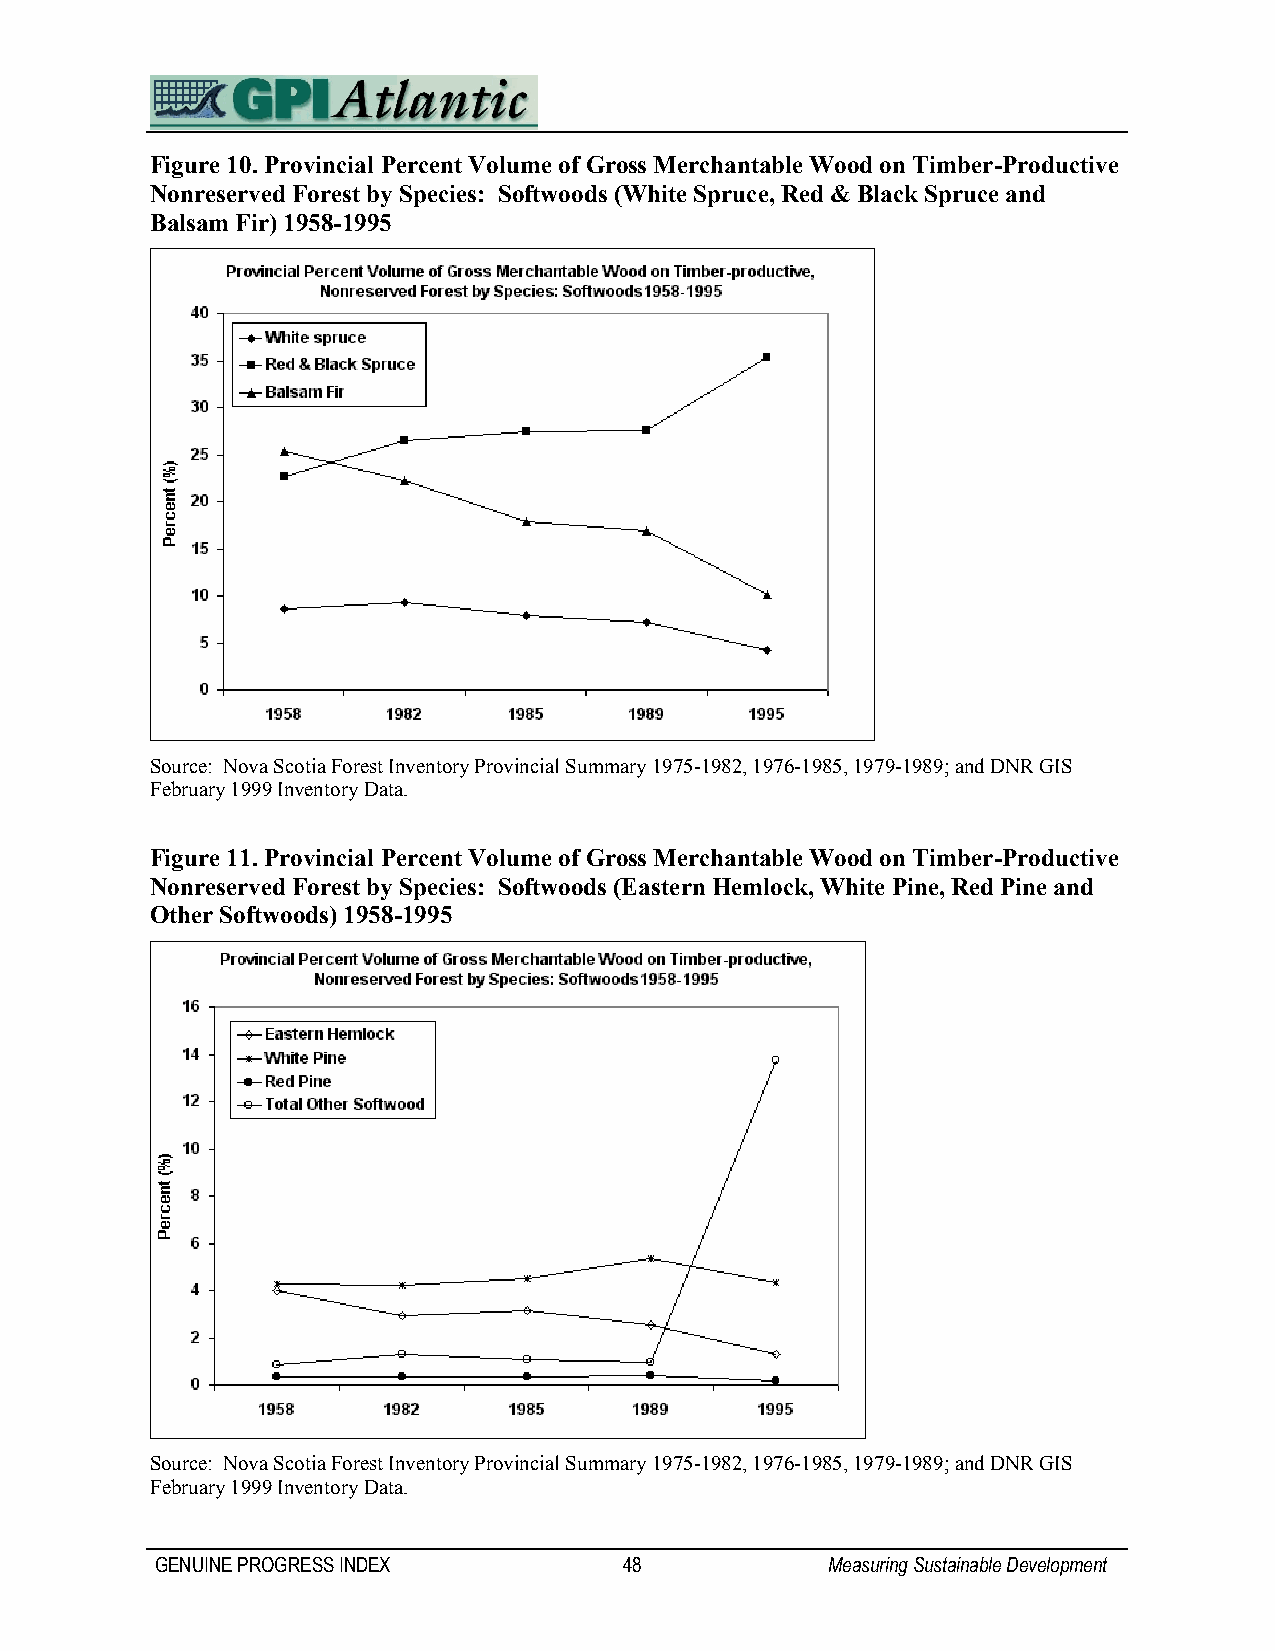
Figure 10. Provincial Percent Volume of Gross Merchantable Wood on Timber-Productive
 Nonreserved Forest by Species: Softwoods (White Spruce, Red & Black Spruce and
 Balsam Fir) 1958-1995
 Source: Nova Scotia Forest Inventory Provincial Summary 1975-1982, 1976-1985, 1979-1989; and DNR GIS
 February 1999 Inventory Data.
 Figure 11. Provincial Percent Volume of Gross Merchantable Wood on Timber-Productive
 Nonreserved Forest by Species: Softwoods (Eastern Hemlock, White Pine, Red Pine and
 Other Softwoods) 1958-1995
 Source: Nova Scotia Forest Inventory Provincial Summary 1975-1982, 1976-1985, 1979-1989; and DNR GIS
 February 1999 Inventory Data.
 GENUINE PROGRESS INDEX         48            Measuring Sustainable Development